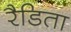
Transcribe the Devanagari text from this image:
रैडिता